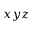
x y z